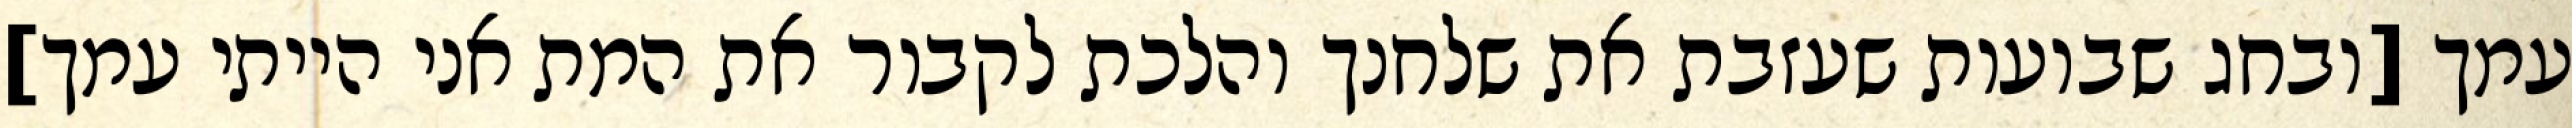
עמך [ובחג שבועות שעזבת את שלחנך והלכת לקבור את המת אני הייתי עמך]